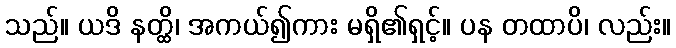
သည်။ ယဒိ နတ္ထိ၊ အကယ်၍ကား မရှိ၏ရှင့်။ ပန တထာပိ၊ လည်း။